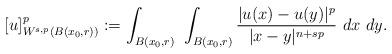
LaTeX: \begin{align*} [u]^{p}_{W^{s,p}(B(x_0,r))} := \int_{B(x_0,r)}\ \int_{B(x_0,r)} \frac{|u(x)-u(y)|^{p}}{|x-y|^{n+sp}}\ dx\ dy.\end{align*}